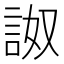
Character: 詉